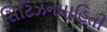
સિટિઝનમાહિતી